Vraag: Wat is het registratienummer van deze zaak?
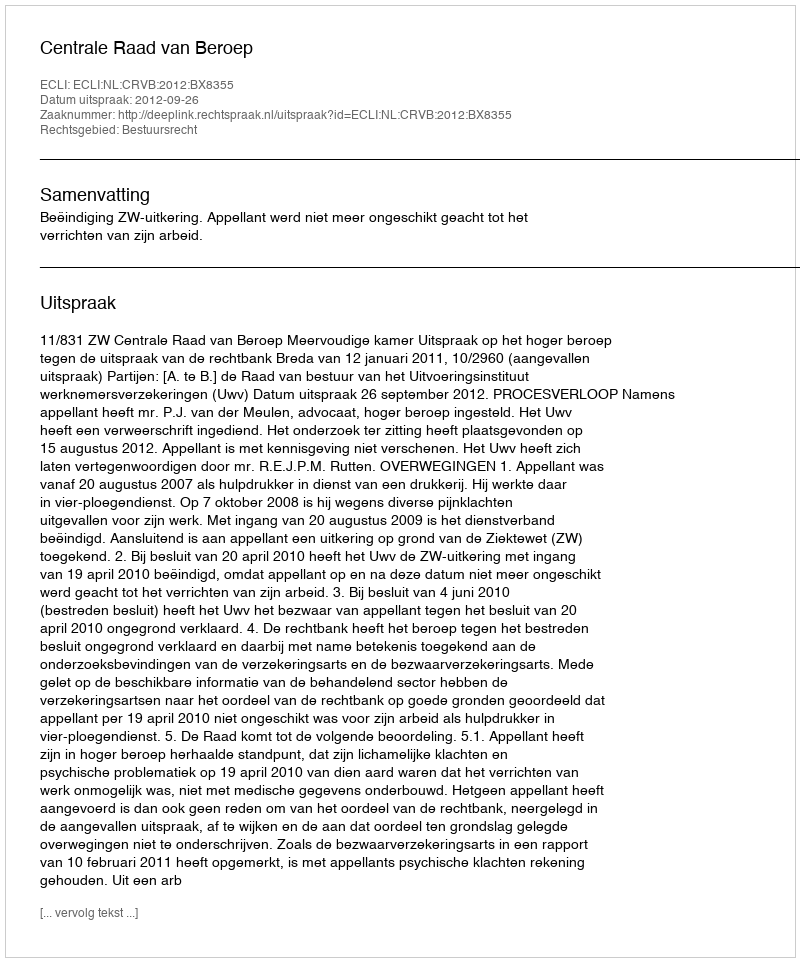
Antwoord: http://deeplink.rechtspraak.nl/uitspraak?id=ECLI:NL:CRVB:2012:BX8355